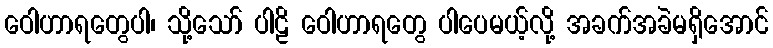
ဝေါဟာရတွေပါ၊ သို့သော် ပါဠိ ဝေါဟာရတွေ ပါပေမယ့်လို့ အခက်အခဲမရှိအောင်